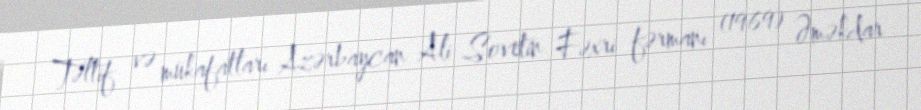
Təltif və mükafatları Azərbaycan Ali Sovetin Fəxri fərmanı (1969) Əməkdar